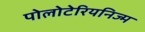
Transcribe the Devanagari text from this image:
पोलोटेरियनिज्म